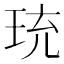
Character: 珫